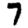
Digit: 7